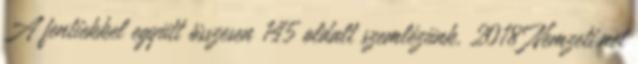
A fentiekkel együtt összesen 145 oldalt szemlézünk. 2018 Nemzeti.net